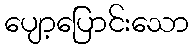
ပျော့ပြောင်းသော